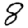
Digit: 8